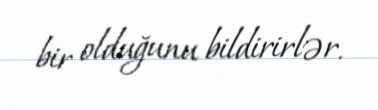
bir olduğunu bildirirlər.